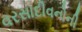
વરસાદીવનોની